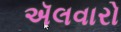
ઍલવારો